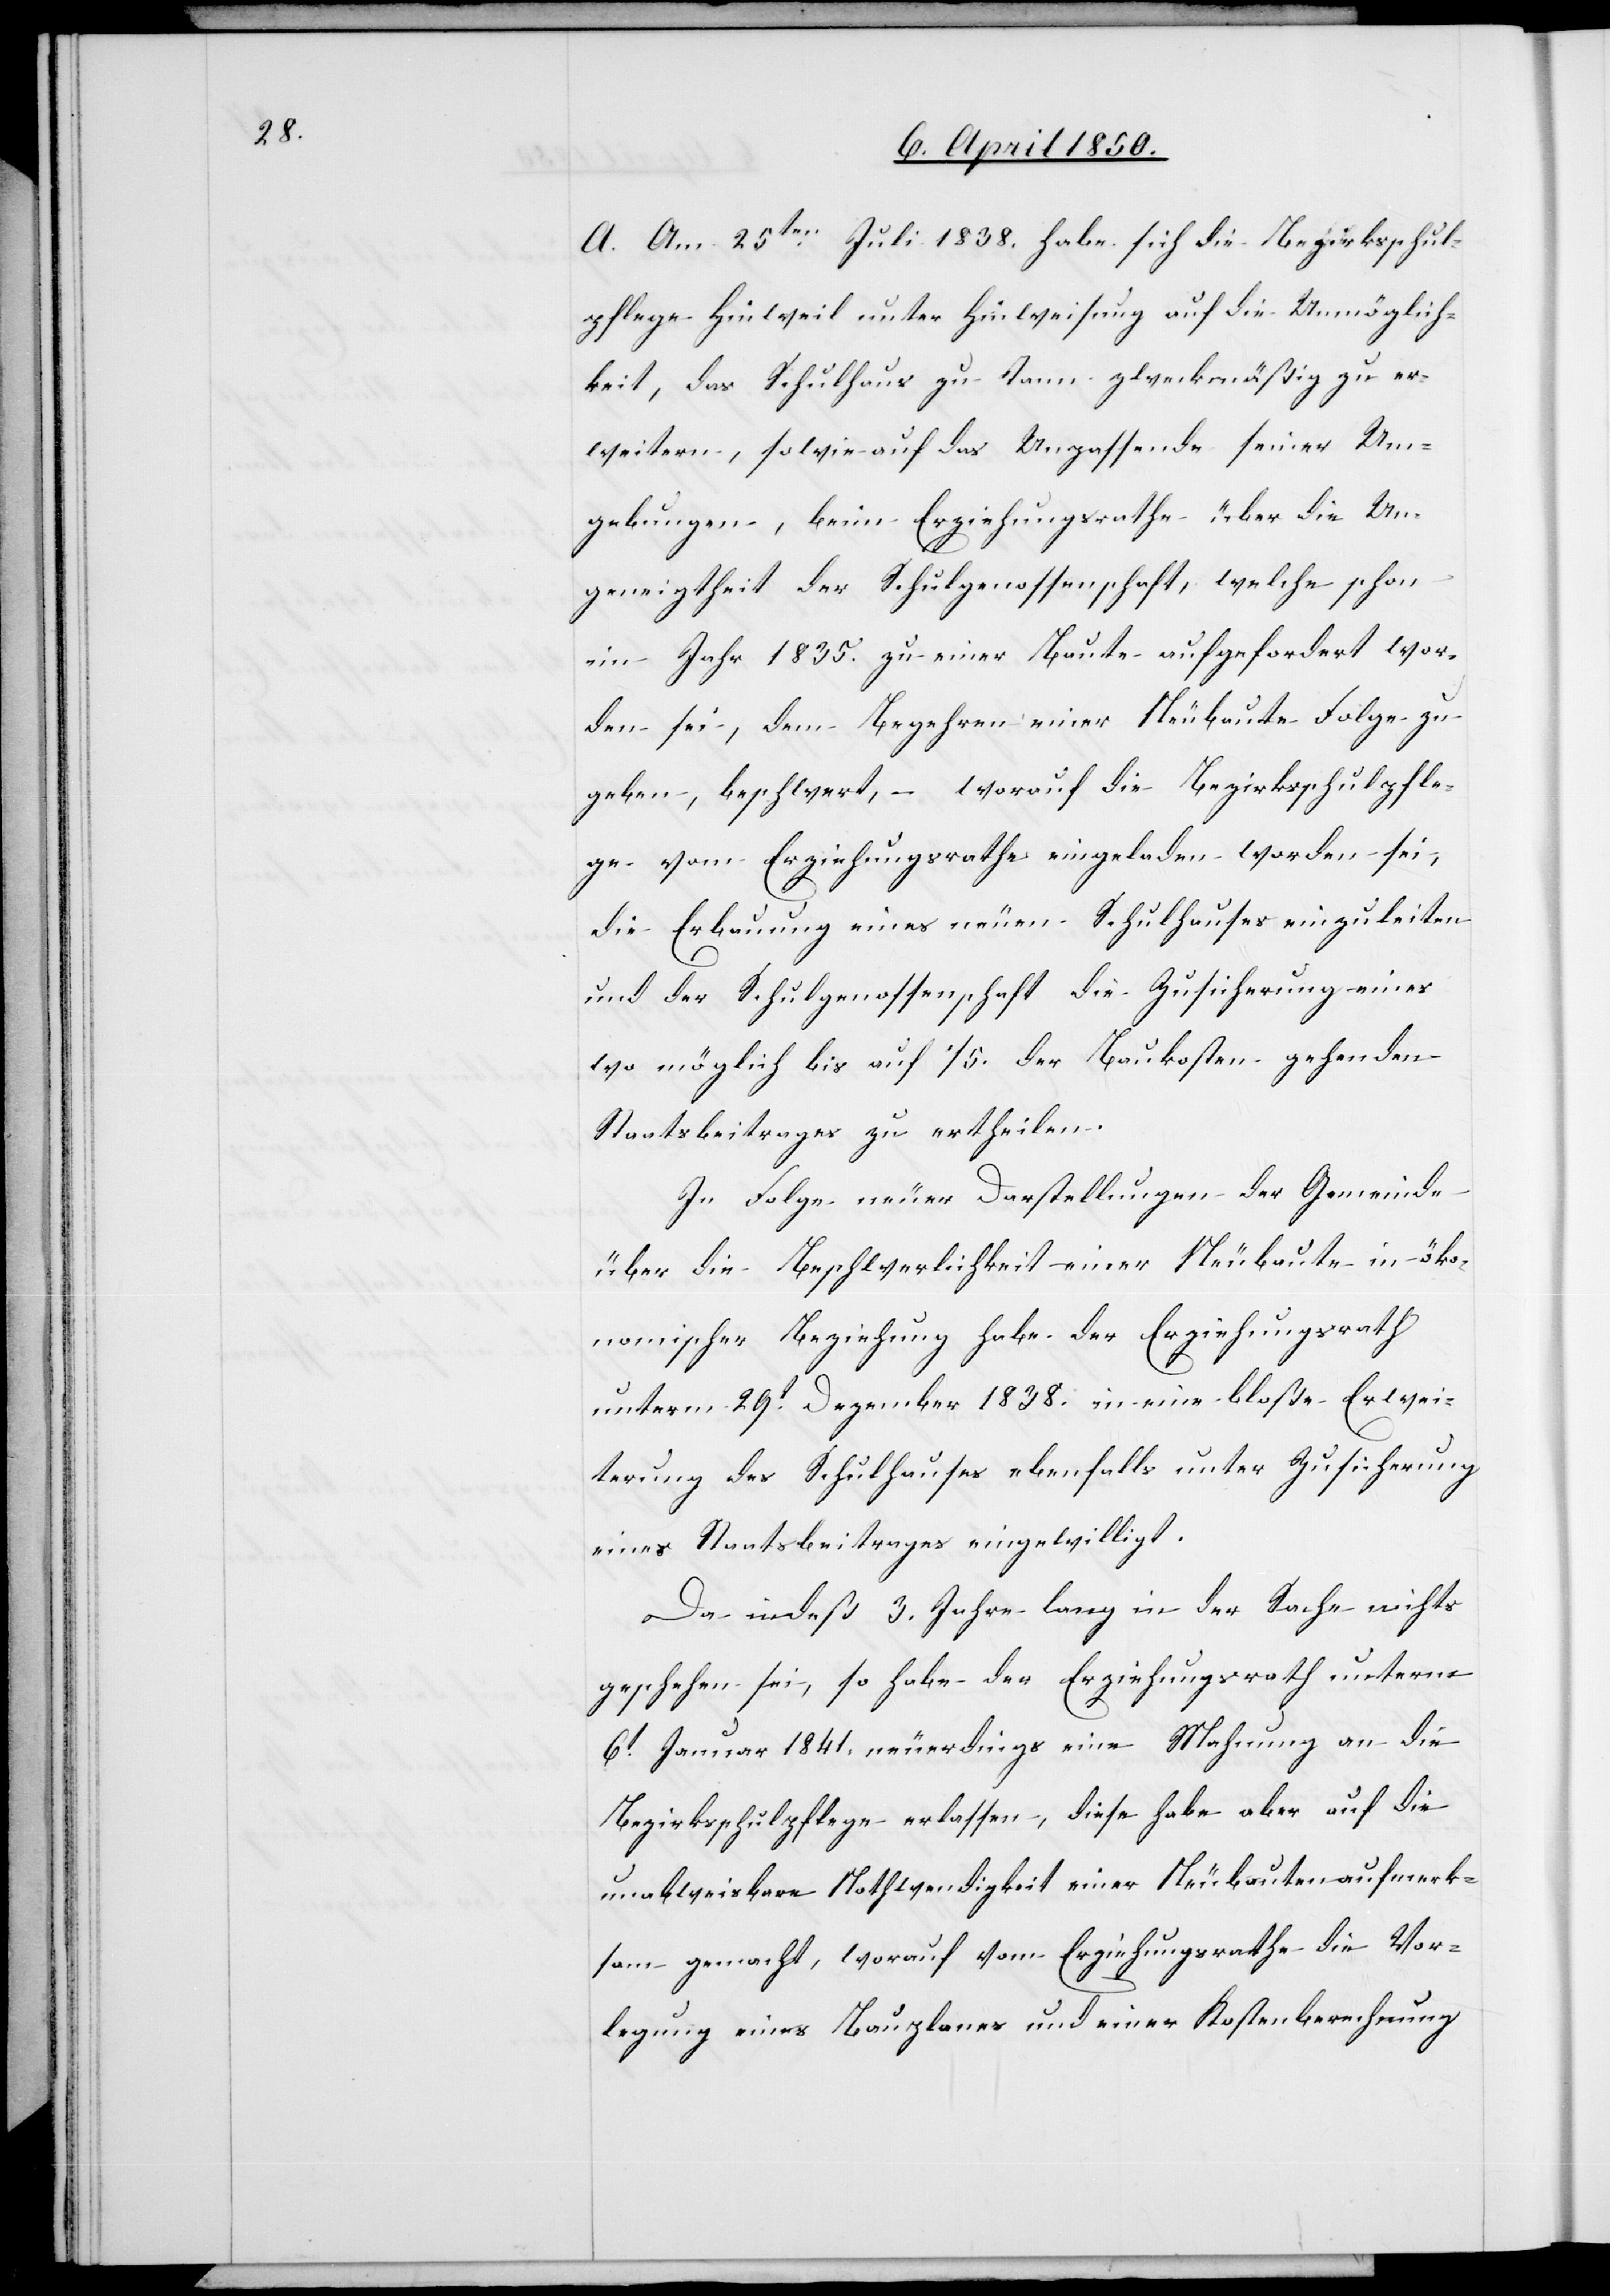
A. Am 25ten Juli 1838. habe sich die Bezirksschul¬
pflege Hinweil unter Hinweisung auf die Unmöglich¬
keit, das Schulhaus zu Tann zweckmäßig zu er¬
weitern, sowie auf das Unpassende seiner Um¬
gebungen, beim Erziehungsrathe über die Un¬
geneigtheit der Schulgenossenschaft, welche schon
im Jahr 1835. zu einer Baute aufgefordert wor¬
den sei, dem Begehren einer Neubaute Folge zu
geben, beschwert, – worauf die Bezirksschulpfle¬
ge vom Erziehungsrathe eingeladen worden sei,
die Erbauung eines neuen Schulhauses einzuleiten
und der Schulgenossenschaft die Zusicherung eines
wo möglich bis auf 1/5. der Baukosten gehenden
Staatsbeitrages zu ertheilen.
In Folge neuer Darstellungen der Gemeinde
über die Beschwerlichkeit einer Neubaute in öko¬
nomischer Beziehung habe der Erziehungsrath
unterm 29t Dezember 1838. in eine bloße Erwei¬
terung des Schulhauses ebenfalls unter Zusicherung
eines Staatsbeitrages eingewilligt.
Da indeß 3. Jahre lang in der Sache nichts
geschehen sei, so habe der Erziehungsrath unterm
6t Januar 1841. neuerdings eine Mahnung an die
Bezirksschulpflege erlassen, diese habe aber auf die
unabweisbare Nothwendigkeit einer Neubauten aufmerk¬
sam gemacht, worauf vom Erziehungsrathe die Vor¬
legung eines Bauplanes und einer Kostenberechnung